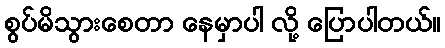
စွပ်မိသွားစေတာ နေမှာပါ လို့ ပြောပါတယ်။